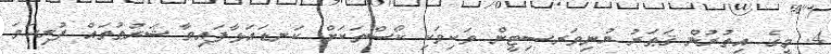
4. މީގެ އިތުރުން ޤަޠަރު ޔުނިވަރސިޓީން ވަކިވަކި ކޯސްތަކަށް ކަނޑައަޅާފައިވާ ޝަރުޠުތައް ފުރިހަމަ